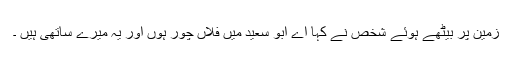
زمین پر بیٹھے ہوئے شخص نے کہا اے ابو سعید میں فلاں چور ہوں اور یہ میرے ساتھی ہیں ۔